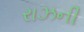
રાઝની